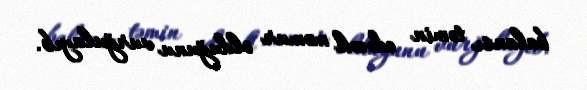
balansı təmin edəcək məmur olduğunu vurğulayıb.